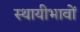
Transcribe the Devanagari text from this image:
स्थायीभावों